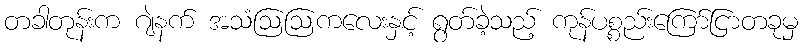
တခါတုန်းက ဂျဲနက် အသံဩဩကလေးနှင့် ရွတ်ခဲ့သည့် ကုန်ပစ္စည်းကြော်ငြာတခုမှ